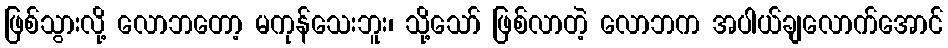
ဖြစ်သွားလို့ လောဘတော့ မကုန်သေးဘူး၊ သို့သော် ဖြစ်လာတဲ့ လောဘက အပါယ်ချလောက်အောင်